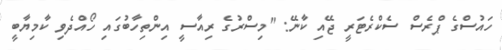
ހައުސްގެ ޕްރެސް ސެކްރެޓަރީ ޖޭއި ކާނޭ: "މިސްރުގެ ރިއާސީ އިންތިހާބުގައި ހޯއްދެވި ކާމިޔާބީ